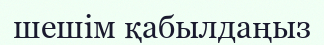
шешім қабылдаңыз